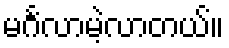
မင်္ဂလာမဲ့လာတယ်။